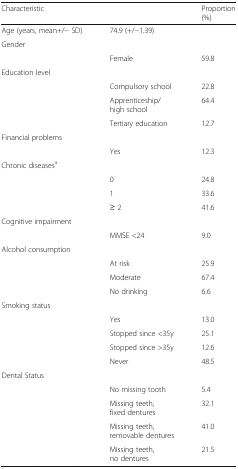
| Characteristic |  | Proportion (%) |
 | --- | --- | --- |
 | Age (years, mean+/− SD) | 74.9 (+/−1.39) |  |
 | <COLSPAN=3> Gender |
 |  | Female | 59.8 |
 | <COLSPAN=3> Education level |
 |  | Compulsory school | 22.8 |
 |  | Apprenticeship/high school | 64.4 |
 |  | Tertiary education | 12.7 |
 | <COLSPAN=3> Financial problems |
 |  | Yes | 12.3 |
 | <COLSPAN=3> Chronic diseasesa |
 |  | 0 | 24.8 |
 |  | 1 | 33.6 |
 |  | ≥ 2 | 41.6 |
 | Cognitive impairment |  |  |
 |  | MMSE <24 | 9.0 |
 | <COLSPAN=3> Alcohol consumption |
 |  | At risk | 25.9 |
 |  | Moderate | 67.4 |
 |  | No drinking | 6.6 |
 | <COLSPAN=3> Smoking status |
 |  | Yes | 13.0 |
 |  | Stopped since <35y | 25.1 |
 |  | Stopped since >35y | 12.6 |
 |  | Never | 48.5 |
 | <COLSPAN=3> Dental Status |
 |  | No missing tooth | 5.4 |
 |  | Missing teeth, fixed dentures | 32.1 |
 |  | Missing teeth, removable dentures | 41.0 |
 |  | Missing teeth, no dentures | 21.5 |